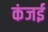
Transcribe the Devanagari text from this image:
कंजई